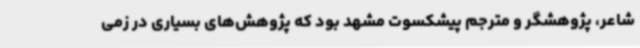
شاعر، پژوهشگر و مترجم پیشکسوت مشهد بود که پژوهش‌های بسیاری در زمی